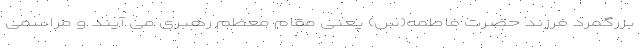
بزرگمرد فرزند حضرت فاطمه(س) یعنی مقام معظم رهبری می آیند و مراسمی